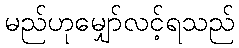
မည်ဟုမျှော်လင့်ရသည်